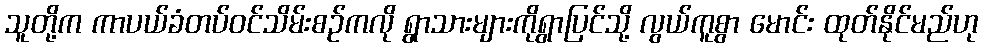
သူတို့က ကာပယ်ခံတပ်ဝင်သိမ်းစဉ်ကလို ရွာသားများကိုရွာပြင်သို့ လွယ်ကူစွာ မောင်း ထုတ်နိုင်မည်ဟု